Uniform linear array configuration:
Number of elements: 8
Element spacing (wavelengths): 0.25
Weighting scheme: hamming
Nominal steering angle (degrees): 30
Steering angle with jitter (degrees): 28.608
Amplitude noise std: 0.05
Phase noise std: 0.05

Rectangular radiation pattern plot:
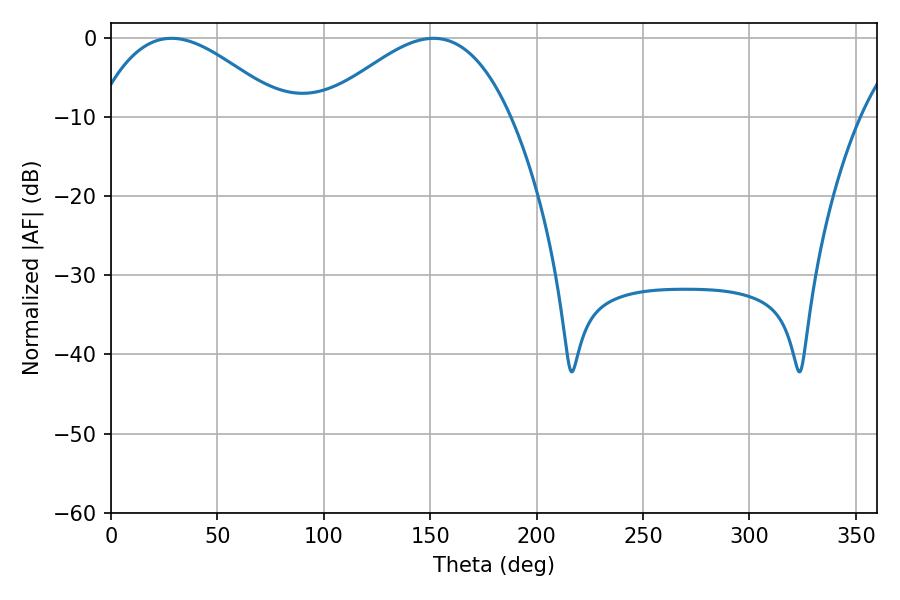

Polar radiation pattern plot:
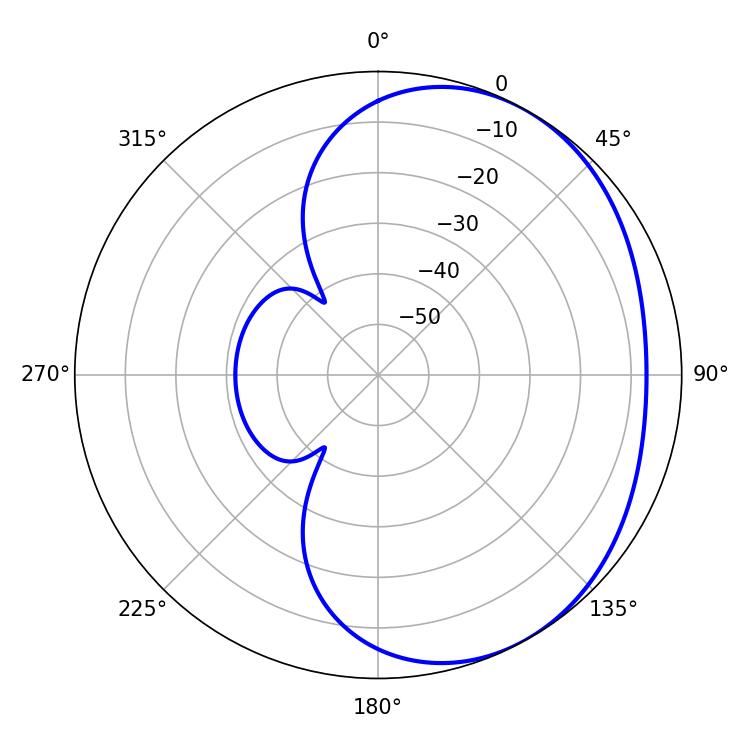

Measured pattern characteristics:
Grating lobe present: FALSE
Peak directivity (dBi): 3.002
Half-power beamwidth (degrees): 47.88
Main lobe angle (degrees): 28.44